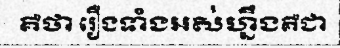
គឺថា រឿងទាំងអស់ហ្នឹងគឺជា